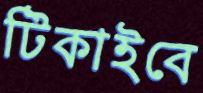
টিকাইবে